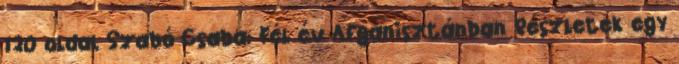
120 oldal Szabó Csaba: Fél év Afganisztánban Részletek egy